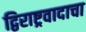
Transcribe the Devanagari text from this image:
द्विराष्ट्रवादाचा